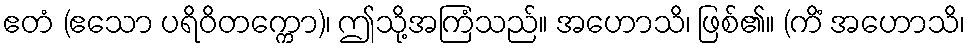
ဧတံ (ဧသော ပရိဝိတက္ကော)၊ ဤသို့အကြံသည်။ အဟောသိ၊ ဖြစ်၏။ (ကိံ အဟောသိ၊